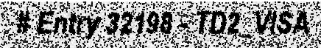
# Entry 32198 - TD2_VISA